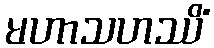
မဟာသဟဿိံ